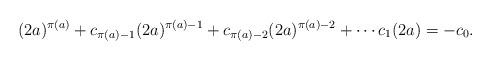
LaTeX: \begin{align*}(2a)^{\pi(a)} + c_{\pi(a) - 1}(2a)^{\pi(a) - 1} + c_{\pi(a) - 2}(2a)^{\pi(a) - 2} + \cdots c_1(2a) = -c_0.\end{align*}